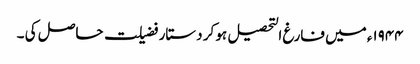
۱۹۴۴ء میں فارغ التحصیل ہو کر دستار فضیلت حاصل کی ۔